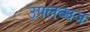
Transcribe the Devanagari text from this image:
उपलब्धज